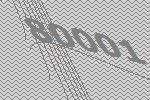
80001